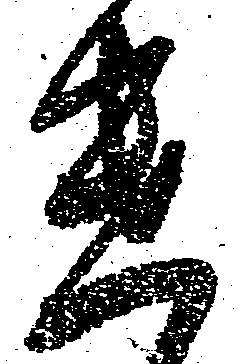
遣